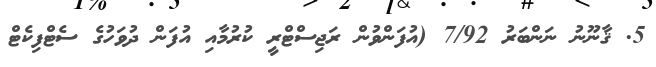
5. ޤާނޫނު ނަންބަރު 7/92 (އުފަންވުން ރަޖިސްޓްރީ ކުރުމާއި އުފަން ދުވަހުގެ ސެޓްފިކެޓް